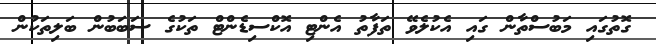
ގޮތުގައި މަބުސްތާން ގައި އެކުލެވޭ ތަފާތު އެންޓި އޮކްސިޑެންޓް ތަކުގެ ސަބަބުން ބަލިތަކުން